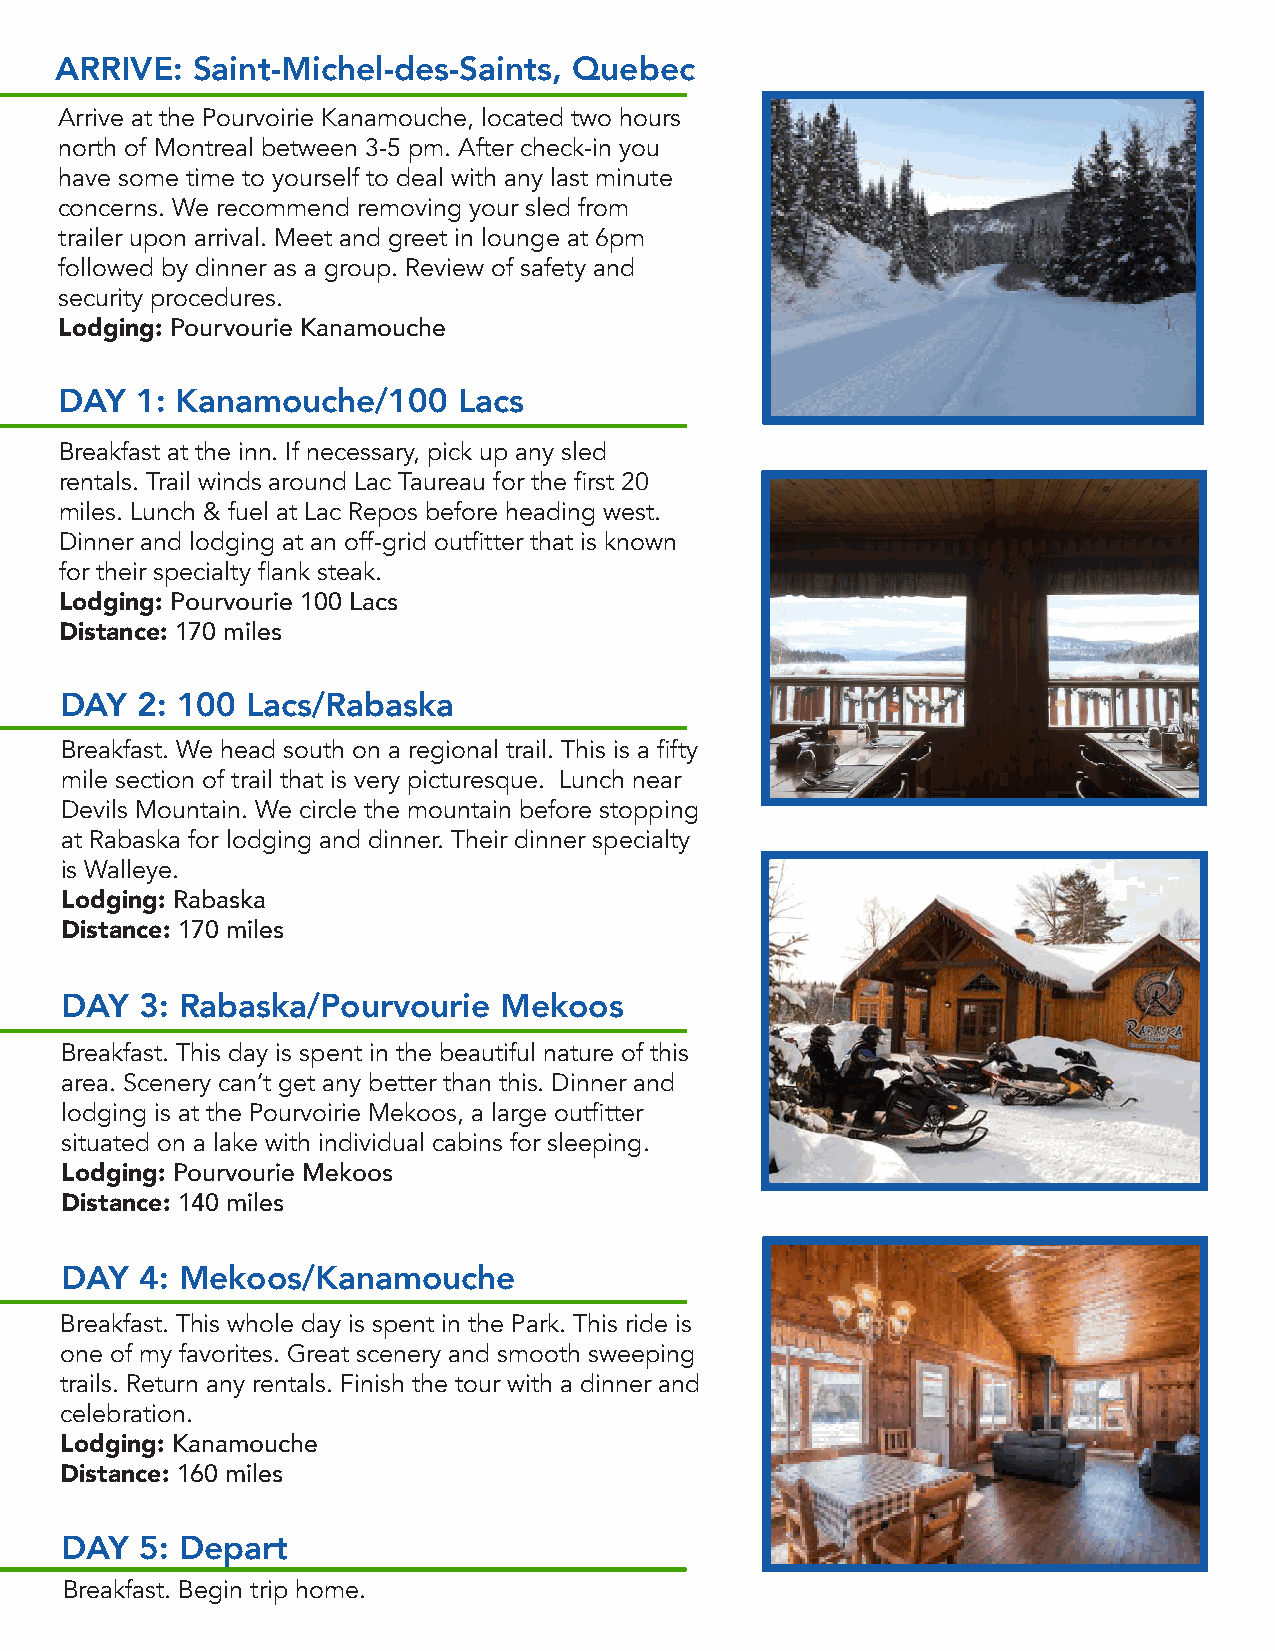
ARRIVE:  Saint-Michel-des-Saints, Quebec
 Arrive at the Pourvoirie Kanamouche, located two hours
 north of Montreal between 3-5 pm. After check-in you
 have some time to yourself to deal with any last minute
 concerns. We recommend removing your sled from
 trailer upon arrival. Meet and greet in lounge at 6pm
 followed by dinner as a group. Review of safety and
 security procedures.
 Lodging: Pourvourie Kanamouche
 DAY  1: Kanamouche/100    Lacs
 Breakfast at the inn. If necessary, pick up any sled
 rentals. Trail winds around Lac Taureau for the first 20
 miles. Lunch & fuel at Lac Repos before heading west.
 Dinner and lodging at an off-grid outfitter that is known
 for their specialty flank steak.
 Lodging: Pourvourie 100 Lacs
 Distance: 170 miles
 DAY  2: 100 Lacs/Rabaska
 Breakfast. We head south on a regional trail. This is a fifty
 mile section of trail that is very picturesque. Lunch near
 Devils Mountain. We circle the mountain before stopping
 at Rabaska for lodging and dinner. Their dinner specialty
 is Walleye.
 Lodging: Rabaska
 Distance: 170 miles
 DAY  3: Rabaska/Pourvourie   Mekoos
 Breakfast. This day is spent in the beautiful nature of this
 area. Scenery can’t get any better than this. Dinner and
 lodging is at the Pourvoirie Mekoos, a large outfitter
 situated on a lake with individual cabins for sleeping.
 Lodging: Pourvourie Mekoos
 Distance: 140 miles
 DAY  4: Mekoos/Kanamouche
 Breakfast. This whole day is spent in the Park. This ride is
 one of my favorites. Great scenery and smooth sweeping
 trails. Return any rentals. Finish the tour with a dinner and
 celebration.
 Lodging: Kanamouche
 Distance: 160 miles
 DAY  5: Depart
 Breakfast. Begin trip home.